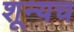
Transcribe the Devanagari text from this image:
शून्यच